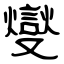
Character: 燮